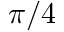
\pi / 4